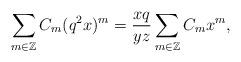
LaTeX: \begin{align*}\sum_{m\in\mathbb{Z}}C_m(q^2x)^m=\frac{xq}{yz}\sum_{m\in\mathbb{Z}}C_mx^m,\end{align*}